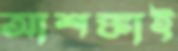
আশঙ্কাই